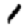
Digit: 1